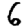
Digit: 6